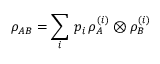
\rho _ { A B } = \sum _ { i } \, p _ { i } \, \rho _ { A } ^ { ( i ) } \otimes \rho _ { B } ^ { ( i ) }